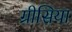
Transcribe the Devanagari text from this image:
ग्रीसिया